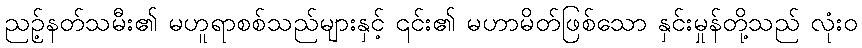
ညဉ့်နတ်သမီး၏ မဟူရာစစ်သည်များနှင့် ၎င်း၏ မဟာမိတ်ဖြစ်သော နှင်းမှုန်တို့သည် လုံးဝ